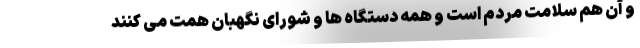
و آن هم سلامت مردم است و همه دستگاه ها و شورای نگهبان همت می کنند